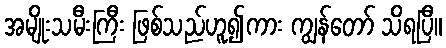
အမျိုးသမီးကြီး ဖြစ်သည်ဟူ၍ကား ကျွန်တော် သိရပြီ။